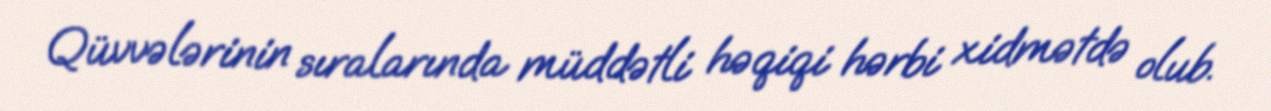
Qüvvələrinin sıralarında müddətli həqiqi hərbi xidmətdə olub.